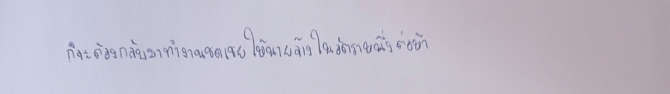
ก็จะต้องกลับมาทำงานชดเชยให้นายจ้างในอัตราหนึ่งต่อห้า